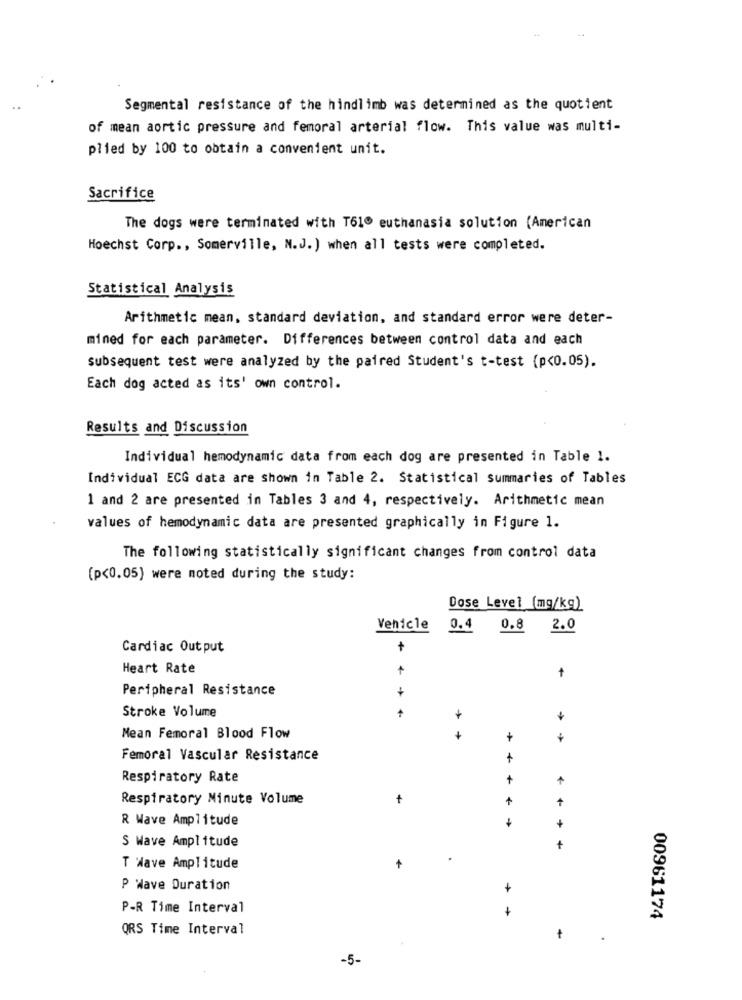
Segmental resistance of the hindlimb was determined as the quotient
of mean aortic pressure and femoral arterial flow. This value was multi-
plied by 100 to obtain a convenient unit.
Sacrifice
The dogs were terminated with T61º euthanasia solution (American
Hoechst Corp ., Somerville, N.J. ) when all tests were completed.
Statistical Analysis
Arithmetic mean, standard deviation, and standard error were deter-
mined for each parameter. Differences between control data and each
subsequent test were analyzed by the paired Student's t-test (p<0.05).
Each dog acted as its' own control.
Results and Discussion
Individual hemodynamic data from each dog are presented in Table 1.
Individual ECG data are shown in Table 2. Statistical summaries of Tables
1 and 2 are presented in Tables 3 and 4, respectively. Arithmetic mean
values of hemodynamic data are presented graphically in Figure 1.
The following statistically significant changes from control data
(p<0.05) were noted during the study:
Dose Level (mg/kg)
Vehicle
0.4
0.8
2.0
Cardiac Output
+
Heart Rate
Peripheral Resistance
+
Stroke Volume
+
+
Mean Femoral Blood Flow
+
+
+
Femoral Vascular Resistance
Respiratory Rate
+
+
Respiratory Minute Volume
+
+
+
R Wave Amplitude
+
S Wave Amplitude
+
.
T Wave Amplitude
P Wave Duration
+
P-R Time Interval
+
00961174
QRS Time Interval
.
-5-